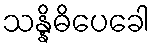
သန္နိဓိပေခေါ